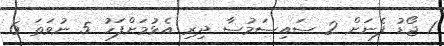
1 ޖޯޑު ފެނަށް 2 ސައިސަމުސާ ދިރި އެޅުމަށްފަހު 5 ނުވަތަ 6